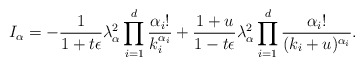
\begin{align*}I_{\alpha}=-\frac1{1+t\epsilon}\lambda_{\alpha}^2\prod_{i=1}^d\frac{\alpha_i!}{k_i^{\alpha_i}}+\frac{1+u}{1-t\epsilon}\lambda_{\alpha}^2\prod_{i=1}^d\frac{\alpha_i!}{(k_i+u)^{\alpha_i}}.\end{align*}